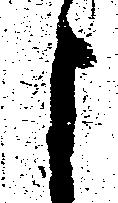
よ